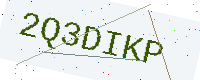
Text: 2Q3DIKP